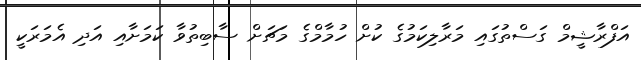
އަފްރާޝީމް ގަސްތުގައި މަރާލިކަމުގެ ކުށް ހުމާމްގެ މަޗަށް ސާބިތުވާ ކަމަށާއި އަދި އެމަރަކީ